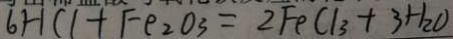
6 H C l + F e _ { 2 } O _ { 3 } = 2 F e C l _ { 3 } + 3 H _ { 2 } O